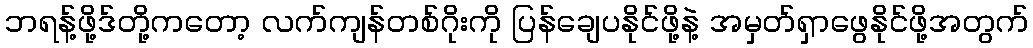
ဘရန့်ဖို့ဒ်တို့ကတော့ လက်ကျန်တစ်ဂိုးကို ပြန်ချေပနိုင်ဖို့နဲ့ အမှတ်ရှာဖွေနိုင်ဖို့အတွက်